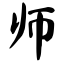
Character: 师